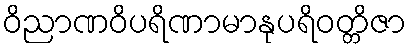
ဝိညာဏဝိပရိဏာမာနုပရိဝတ္တိဇာ